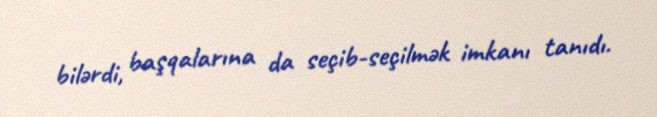
bilərdi, başqalarına da seçib-seçilmək imkanı tanıdı.